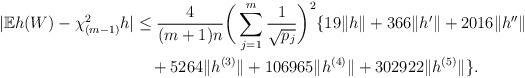
LaTeX: \begin{align*}|\mathbb{E} h(W) - \chi^2_{(m-1)} h | &\leq \frac{4}{(m+1)n}\bigg(\sum_{j=1}^m\frac{1}{\sqrt{p_j}}\bigg)^2\{19\|h\|+366\|h'\|+2016\|h''\|\\&\quad+5264\|h^{(3)}\|+106965\|h^{(4)}\|+302922\|h^{(5)}\|\}.\end{align*}